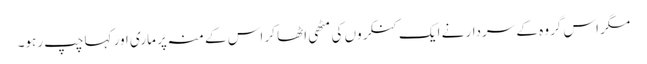
مگر اس گروہ کے سردار نے ایک کنکروں کی مٹھی اٹھا کر اس کے منہ پر ماری اور کہا چپ رہو۔